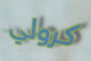
كرولي